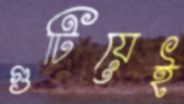
গুটিয়েই